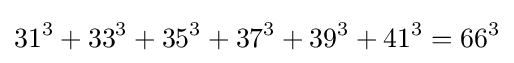
31^{3}+33^{3}+35^{3}+37^{3}+39^{3}+41^{3}=66^{3}